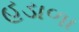
હડાળા